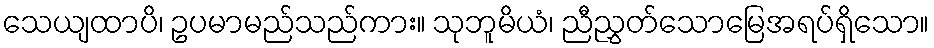
သေယျထာပိ၊ ဥပမာမည်သည်ကား။ သုဘူမိယံ၊ ညီညွှတ်သောမြေအရပ်ရှိသော။